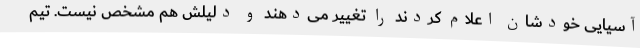
آسیایی خودشان اعلام کردند را تغییر می‌دهند و دلیلش هم مشخص نیست. تیم